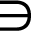
\ni